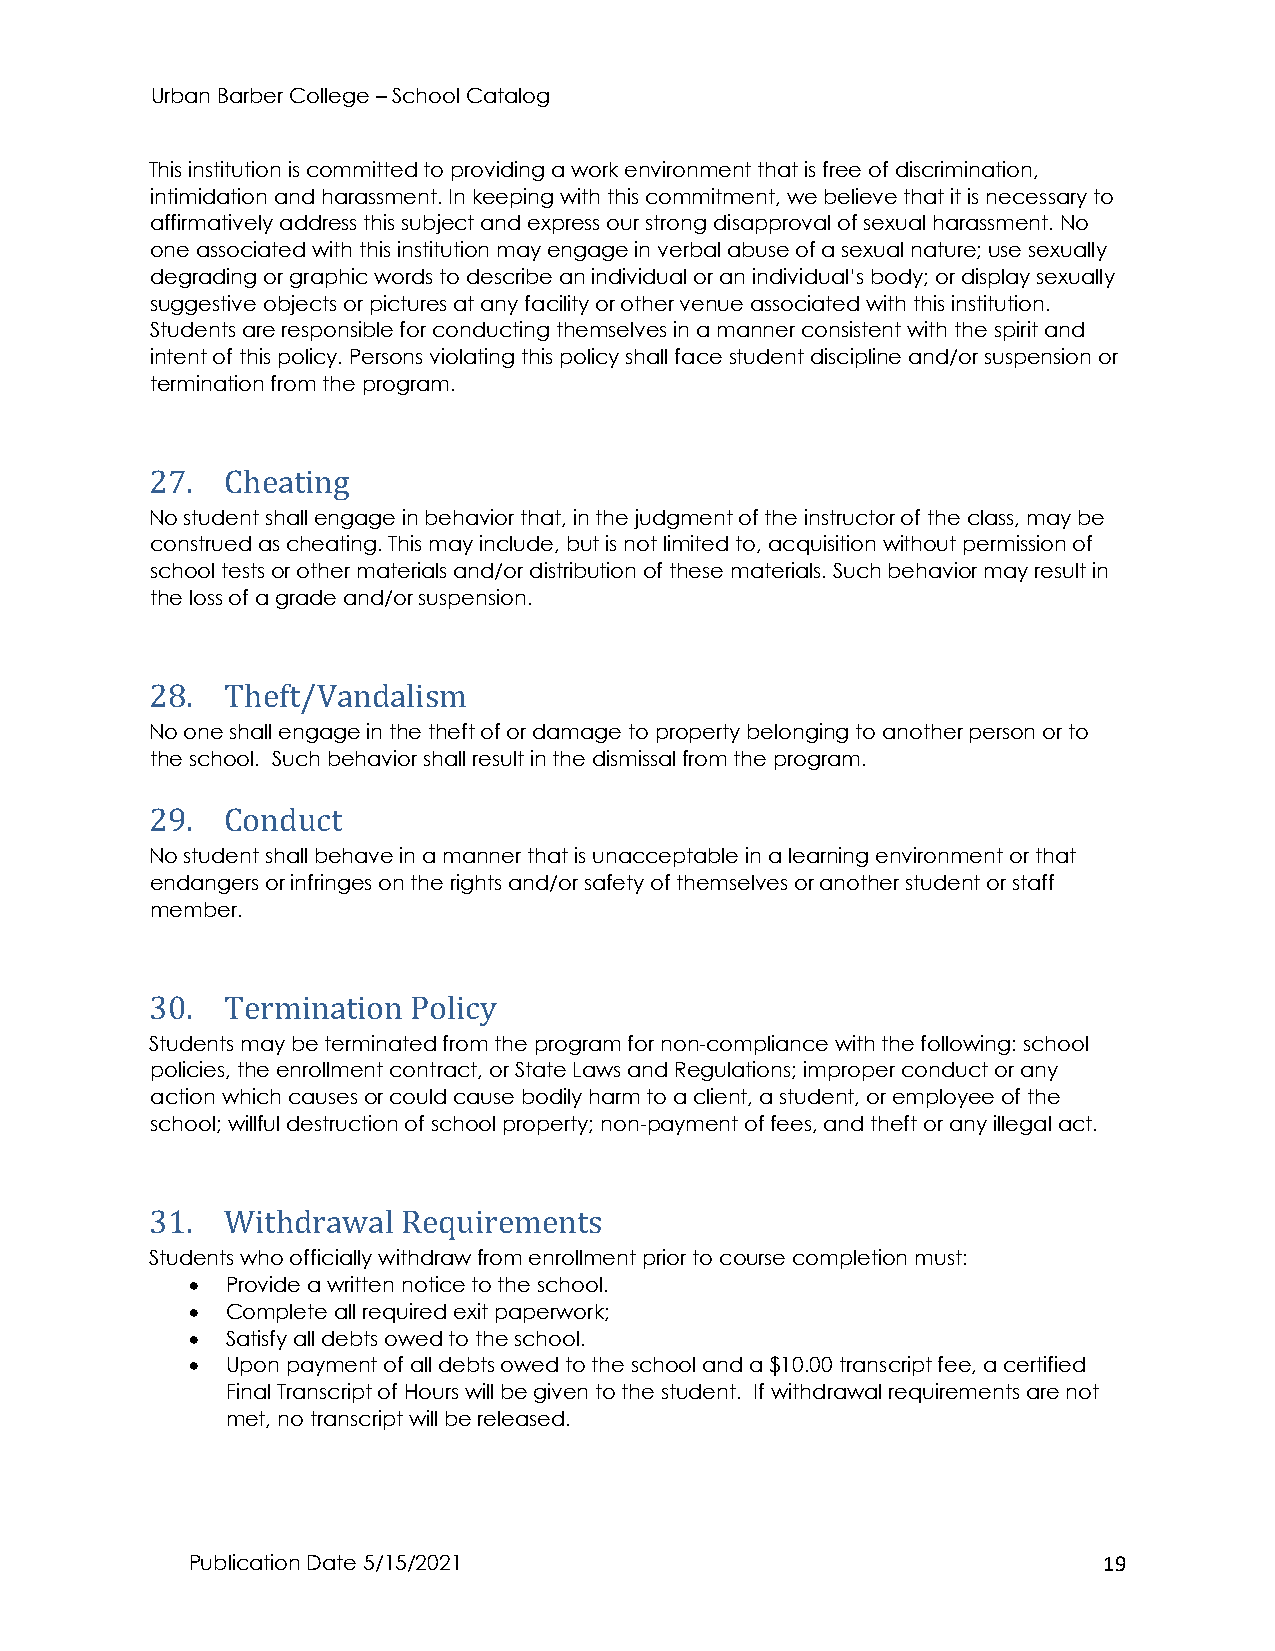
Urban Barber College – School Catalog
 This institution is committed to providing a work environment that is free of discrimination,
 intimidation and harassment. In keeping with this commitment, we believe that it is necessary to
 affirmatively address this subject and express our strong disapproval of sexual harassment. No
 one associated with this institution may engage in verbal abuse of a sexual nature; use sexually
 degrading or graphic words to describe an individual or an individual’s body; or display sexually
 suggestive objects or pictures at any facility or other venue associated with this institution.
 Students are responsible for conducting themselves in a manner consistent with the spirit and
 intent of this policy. Persons violating this policy shall face student discipline and/or suspension or
 termination from the program.
 27.  Cheating
 No student shall engage in behavior that, in the judgment of the instructor of the class, may be
 construed as cheating. This may include, but is not limited to, acquisition without permission of
 school tests or other materials and/or distribution of these materials. Such behavior may result in
 the loss of a grade and/or suspension.
 28.  Theft/Vandalism
 No one shall engage in the theft of or damage to property belonging to another person or to
 the school. Such behavior shall result in the dismissal from the program.
 29.  Conduct
 No student shall behave in a manner that is unacceptable in a learning environment or that
 endangers or infringes on the rights and/or safety of themselves or another student or staff
 member.
 30.  Termination Policy
 Students may be terminated from the program for non-compliance with the following: school
 policies, the enrollment contract, or State Laws and Regulations; improper conduct or any
 action which causes or could cause bodily harm to a client, a student, or employee of the
 school; willful destruction of school property; non-payment of fees, and theft or any illegal act.
 31.  Withdrawal  Requirements
 Students who officially withdraw from enrollment prior to course completion must:
 •  Provide a written notice to the school.
 •  Complete all required exit paperwork;
 •  Satisfy all debts owed to the school.
 •  Upon payment of all debts owed to the school and a $10.00 transcript fee, a certified
 Final Transcript of Hours will be given to the student. If withdrawal requirements are not
 met, no transcript will be released.
 Publication Date 5/15/2021                                   19